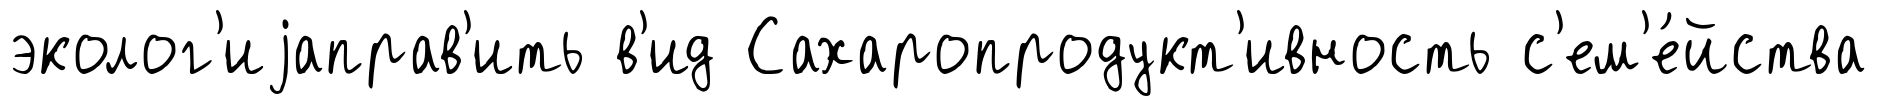
эколог'иjаправ'ить в'ид Сахаропродукт'ивность с'ем'е́йства